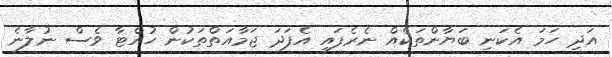
އަދި ހަމަ އެކަނި ބަޔާންތަކެއް ނެރެފައި އެފަދަ ޖަމާއަތްތަކުން ހުއްޓާ ވެސް ނުލާނެ